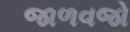
જાળવજો